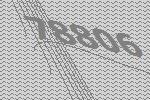
78806